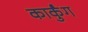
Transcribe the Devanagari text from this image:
कार्कुंग